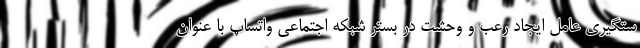
ستگیری عامل ایجاد رعب و وحشت در بستر شبکه اجتماعی واتساپ با عنوان